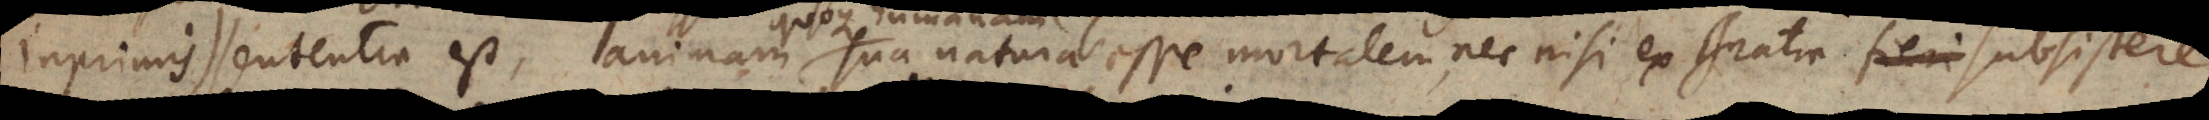
inprimis) sententia est, animam sua natura esse immortalem vero ex gratia; fieri